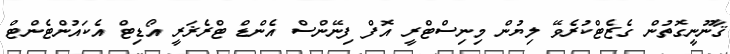
ޤާނޫނީގޮތުން ގެޒެޓްކުރެވޭ ލިޔުން މިނިސްޓްރީ އޮފް ފިނޭންސް އެންޑް ޓްރެޜަރީ އޯޑިޓް އެކައުންޓެންޓް